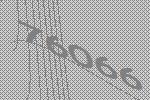
76066